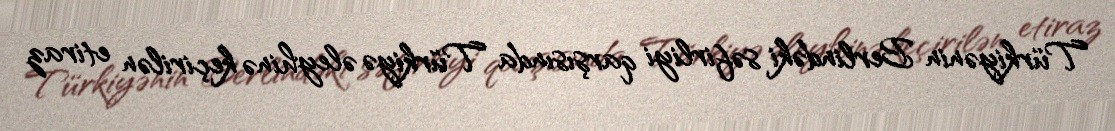
Türkiyənin Berlindəki səfirliyi qarşısında Türkiyə əleyhinə keçirilən etiraz